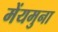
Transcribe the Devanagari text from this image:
मेंयमुना